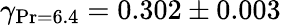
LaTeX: \gamma_{\operatorname*{Pr}=6.4}=0.302\pm 0.003